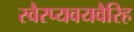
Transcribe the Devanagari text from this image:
स्वैरप्यवयवैरिह